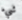
شيء